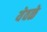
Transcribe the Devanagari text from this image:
येवळे